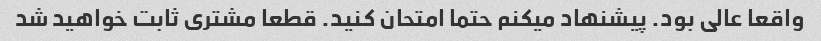
واقعا عالی بود. پیشنهاد میکنم حتما امتحان کنید. قطعا مشتری ثابت خواهید شد